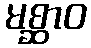
မစ္ဆာဝ